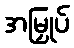
အမြှုပ်